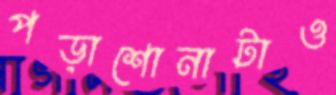
পড়াশোনাটাও